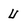
Character: U